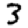
Digit: 3